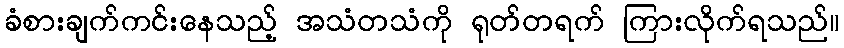
ခံစားချက်ကင်းနေသည့် အသံတသံကို ရုတ်တရက် ကြားလိုက်ရသည်။